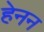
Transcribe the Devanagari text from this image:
हेनन